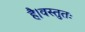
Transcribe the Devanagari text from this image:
है।वस्तुतः